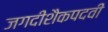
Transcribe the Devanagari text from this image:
जगदीशैकपदवीं